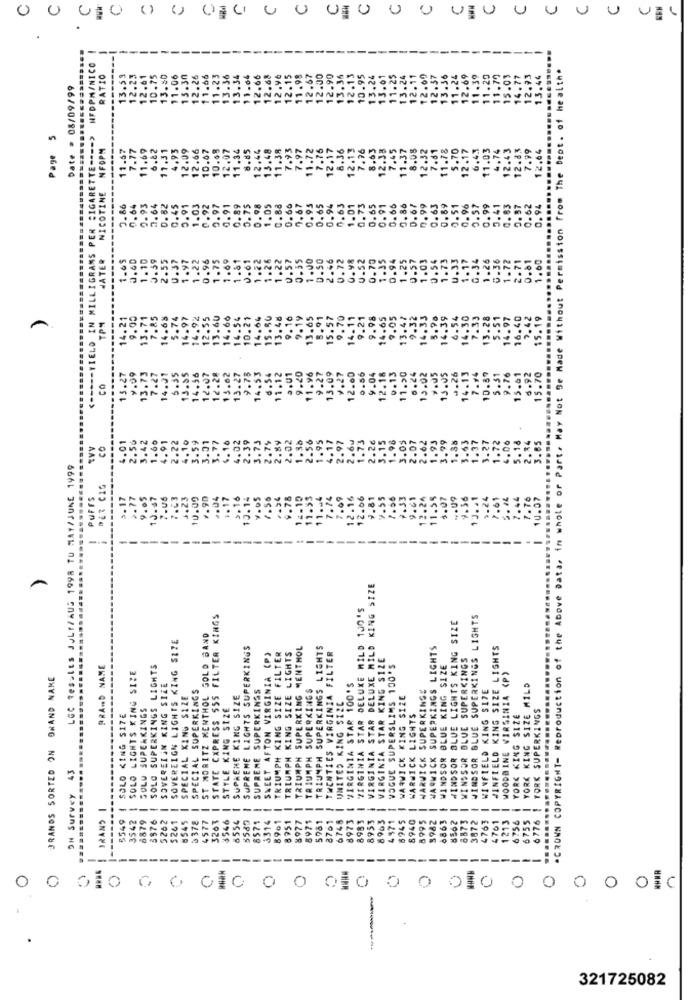
00
HFDPM/NICO
*CROWN COPYRIGHT- Reproduction of the Above Data, in whole or Part. May Not Be Made Without Permission From The Dept. of health.
RATIO
13.5
12.25
12.61
10.75
13.50
11.06
11.66
11.04
12.66
12.96
12.67
12.00
.90
10.9
11.25
13.24
12.11
12.00
12.57
13.36
11.24
12.69
11.39
11.20
1.70
15.01
14.77
13.44
Date = 08/09/99
11.
13.3
13.3
12.6
12.
11.9
13.
15
12
Page 5
IGRAMS PER SIGARETTE ---- >
NFOPM
11.67
7.77
11.69
6.82
17.31
4.93
12.09
12.66
10.67
10.68
12,07
11,34
8.85
12.44
13.48
11.38
7.93
7.97
11.72
7.76
12.17
8.36
12.13
7.76
8.63
12.38
7.45
11.37
8.08
12.32
7.61
11.78
5.70
12.17
6.4.3
11.03
4.74
12.43
12.83
7.99
12.64
NICOTINE
2.93
2.64
0.91
0.92
2.97
0.91
0.86
0.64
0.62
0.45
1.03
0.89
0.75
0.98
1.05
0.88
0.66
7.67
0.95
0.63
1.01
0.73
0.65
0.91
0.65
0.86
D. 67
0.99
0.63
0.89
0.51
0.96
0.57
0.99
5.41
0.83
0.97
0.62
0.94
JATER
J.60
1.10
.59
1.97
1.22
0.96
1.75
1.69
1.81
0.61
1.22
1.26
1.22
0.57
0.35
1.00
0.50
2.46
0.72
0.98
U.52
0.70
1.35
0.94
1.25
0.57
1.03
0.54
1.73
U.33
1.17
0.34
1.26
0.36
1.72
2.71
0.81
1.00
1.65
14.21
9.00
5.74
14.97
14.92
12.55
13.60
14.60
14.54
10.21
14.64
15.50
13.48
9.10
9.19
13.65
8.91
15.57
9.70
14.11
9.21
9.98
14.65
9.05
13.47
9.32
14.33
5.95
14.39
6.54
14.30
7.33
13.28
5.51
14.97
16.40
7.42
15.19
14.62
YIELD
13.73
12.28
9.78
6.92
.....
13.27
9.99
7.27
14.31
5.35
13.85
14.56
12.07
15.62
13.27
14.53
6.54
11.12
5.01
9.20
11.96
9.27
13.09
V.27
12.00
0.55
.04
12.18
9.13
11.20
6.24
13.02
13.05
14.13
7.94
10.89
5.51
9.76
15.61
15.70
CO
4.01
2,50
3.42
1.60
4.91
2.22
3.59
3.01
3.77
4.16
4.02
2.39
3.73
2.79
2.89
2.02
1.38
2.56
1.95
4.17
2.97
2.60
1.73
2.2€
3.15
.98
3.0$
2.07
2.62
1.93
3.99
1.38
3.63
1.37
3.27
72
06
5.18
2.84
3.85
CO
LGC Results JULf/AUS 1998 TU MAY/JUNE 1999
DER CI
PUFFS
3.17
2.77
4.05
10.67
7.06
7.63
3.23
10.09
#.90
.. 04
.. 17
3.16
$0.14
7.05
7.56
.94
.78
14-10
11.55
11.54
7.74
09
16
12.06
9.61
.24
11.59
3.07
VOU9
9.36
13 .. 1
.44
7.76
10.07
--
-
--
---
-
KING SIZE
-
VIRGINIA STAR DELUXE MILD 1JO'S
STATE CXPRESS SSS FILTER KINGS
WINDSOR BLUE LIGHTS KING SIZE
WINDSOR BLUE SUPERKINGS LIGHTS
................
SOVEREIGN LIGHTS KING SIZE
ST MORITZ MENTHOL GOLD BAND
SUPREME LIGHTS SUPERKINGS
TRIUMPH KING SIZE LIGHTS
TRIUMPH SUPERKING MENTHOL
TRIUMPH SUPERKINGS LIGHTS
VIRGINIA STAR DELUXE MILD
WARWICK SUPERKINGS LIGHTS
JINFIELD KING SIZE LIGHTS
SWEET AFTON VIRGINIA (P)
TRIUMPH KING SIZE FILTER
TWENTIES VIRGINIA FILTER
VIRGINIA STAR KING SIZE
WINDSOR BLUE SUPERKINGS
PRAND NAME
SOLO LIGHTS KING SIZE
SOLO SUPERKINGS LIGHTS
VOGUE SUPERSLIMS 100'S
WINDSOR BLUE KING SIZE
BRANDS SORTED ON BRAND NAME
WOODBINE VIRGINIA (P)
SOVEREIGN KING SIZE
SPECIAL SUPERKINGS
TRIUMPH SUPERKINGS
8973 4 VIRGINIA STAR 100'S
WARWICK SUPERKINGS
WINFIELD KING $17E
6755 | YORK KING SIZE MILD
......
SPECIAL KING SIZE
SUPREME KING SIZE
SUPREME SUPERKINGS
UNITED KING SIZE
WARWICK KING SIZE
SOLO SUPERKINGS
STYLE KING SIZE
8940 | WARWICK LIGHTS
YORK SUPERKINGS
5549 4 SOLO KING S17E
YORK KING SIZE
.......
OH Survey 43
..........
6776 1
-
3542
6879
$376
-
$261
-
-
4577
3263
3546
6554
6571
3314
89e1
8751
8977
8971
--
5981
2761
-
6748
---
8983
8953
-----
8903
4971
6945
8995
$982
-
8863
8562
-
8873
3872
4763
-
4761
1213
--
6756
5262
8545
--
-----
---
---
---
--------
-----
0
0 0
OIC
321725082